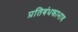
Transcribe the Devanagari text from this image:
प्रतिबंधकाभाव